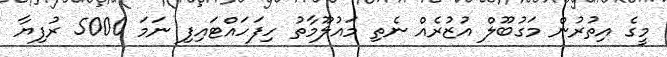
މީގެ އިތުރުން މަގުބޫލް އުޒުރެއް ނެތި މައުލޫމާތު ހިފަހައްޓައިފި ނަމަ 5000 ރުފިޔާ